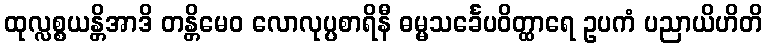
ထုလ္လစ္စယန္တိအာဒိ တန္တိမေဝ လောလုပ္ပစာရိနီ ဓမ္မသင်္ခေပဝိတ္ထာရေ ဥပကံ ပညာယိဟိတိ